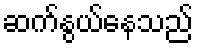
ဆက်နွယ်နေသည်